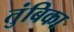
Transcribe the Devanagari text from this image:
तुंबिका